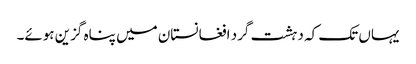
یہاں تک کہ دہشت گرد افغانستان میں پناہ گزین ہوئے۔